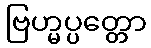
ဗြဟ္မပ္ပတ္တော